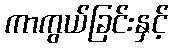
ကာကွယ်ခြင်းနှင့်